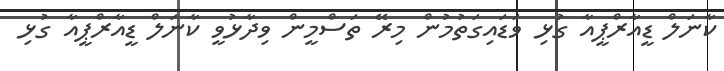
ކާނަލް ޑީއާރްޕީއާ ގުޅި ވަޑައިގަތުމުން މިރޭ ތަސްމީން ވިދާޅުވީ ކާނަލް ޑީއާރްޕީއާ ގުޅި